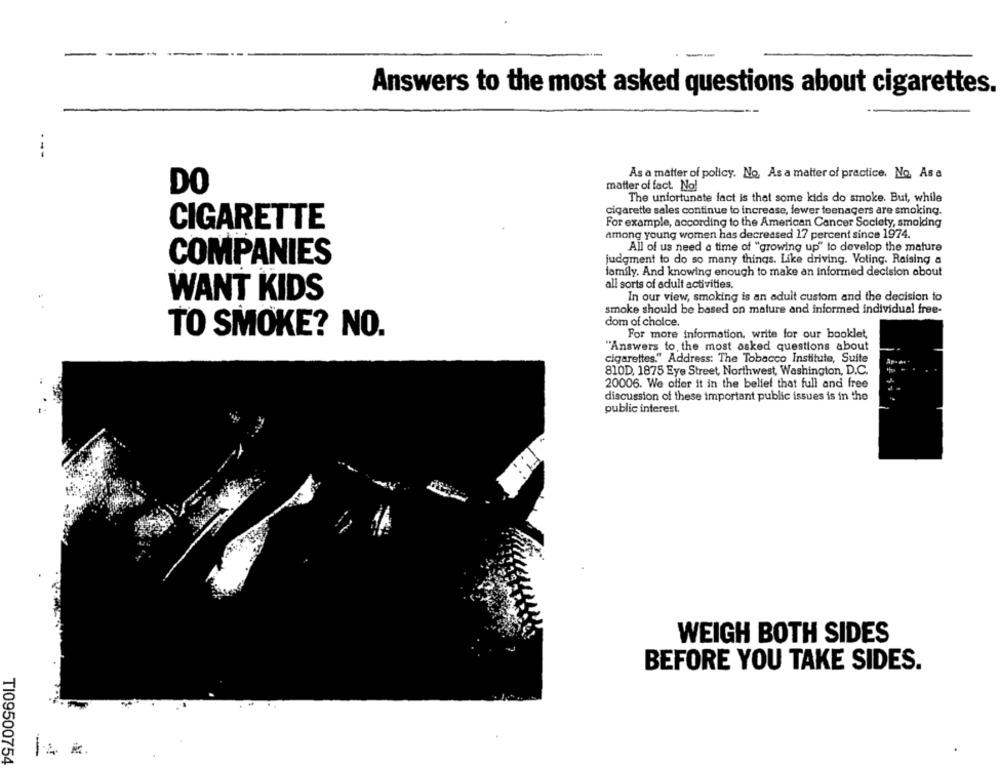
Answers to the most asked questions about cigarettes.
As a matter of policy. No. As a matter of practice. No. As a
DO
matter of fact. No!
The unfortunate fact is that some kids do smoke. But, while
cigarette sales continue to increase, fewer teenagers are smoking.
For example, according to the American Cancer Society, smoking
CIGARETTE
among young women has decreased 17 percent since 1974.
All of us need a time of "growing up" to develop the mature
COMPANIES
judgment to do so many things. Like driving. Voting. Raising a
family. And knowing enough to make an informed decision about
all sorts of adult activities.
WANT KIDS
In our view, smoking is an adult custom and the decision to
smoke should be based on mature and informed individual free-
dom of choice.
TO SMOKE? NO.
For more information, write for our booklet,
"Answers to the most asked questions about
cigarettes." Address: The Tobacco Institute, Suite
AP-A+
810D, 1875 Eye Street, Northwest, Washington, D.C.
20006. We offer it in the belief that full and free
discussion of these important public issues is in the
public interest.
WEIGH BOTH SIDES
BEFORE YOU TAKE SIDES.
TI09500754